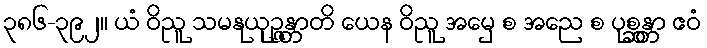
၃၈၆-၃၉၂။ ယံ ဝိညူ သမနုယုဉ္ဇန္တာတိ ယေန ဝိညူ အမှေ စ အညေ စ ပုစ္ဆန္တာ ဧဝံ